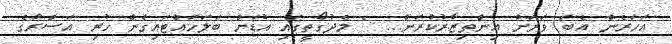
އަހަރެން އެބަ ވަރަށް އިންތިޒާރުކުރަން... " މެދުގޯތީގައި އުޑަށް ބަލަހައްޓައިގެން ހުރި އަސްރާގެ